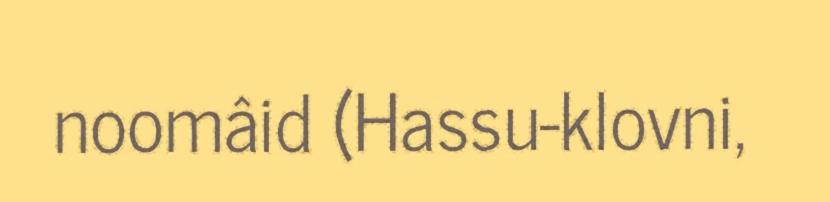
noomâid (Hassu-klovni,